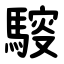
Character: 䮟